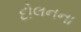
દોલનના